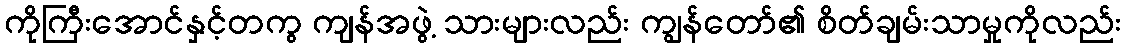
ကိုကြီးအောင်နှင့်တကွ ကျန်အဖွဲ့ သားများလည်း ကျွန်တော်၏ စိတ်ချမ်းသာမှုကိုလည်း